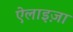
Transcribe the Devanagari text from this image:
ऐलाइज़ा